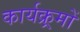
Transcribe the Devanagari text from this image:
कार्यक्र्रमों